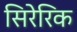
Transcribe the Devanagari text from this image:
सिरेरिक